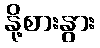
နို့စားနွား